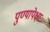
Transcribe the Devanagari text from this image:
पुण्यापेक्षा